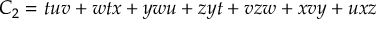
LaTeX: C _ { 2 } = t u v + w t x + y w u + z y t + v z w + x v y + u x z